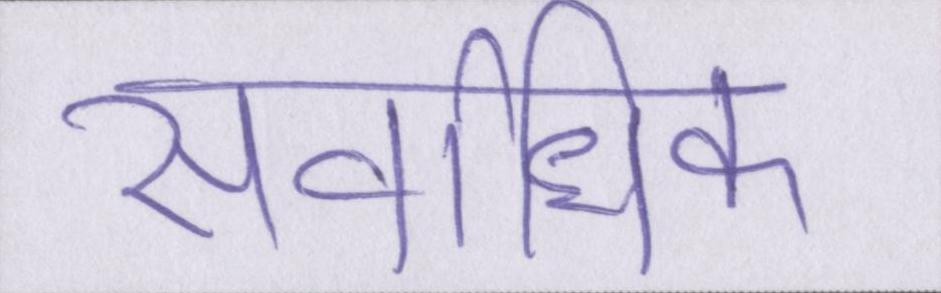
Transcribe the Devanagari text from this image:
सर्वाधिक